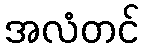
အလံတင်